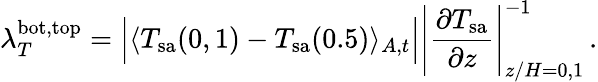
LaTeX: \lambda_{T}^{\mathrm{bot,top}}=\Big|\langle T_{\mathrm{sa}}(0,1)-T_{\mathrm{sa}}(0.5)\rangle_{A,t}\Big|\Bigg|\frac{\partial T_{\mathrm{sa}}}{\partial z}\Bigg|_{z/H=0,1}^{-1}\, .